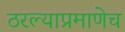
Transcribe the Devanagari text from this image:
ठरल्याप्रमाणेच